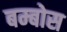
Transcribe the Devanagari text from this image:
बम्बोस